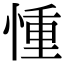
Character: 𢝆